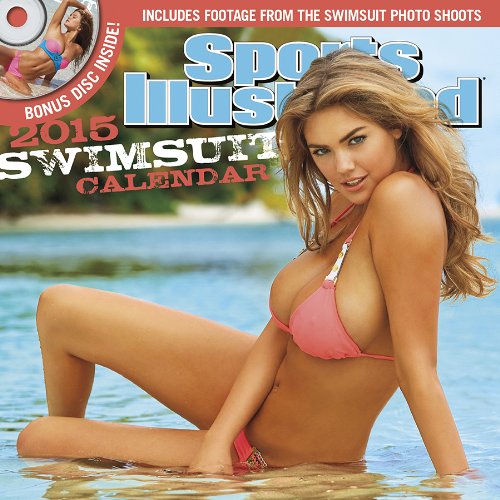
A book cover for Sports Illustrated Swimsuit 2015 DVD Wall Calendar; Trends International; Calendars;